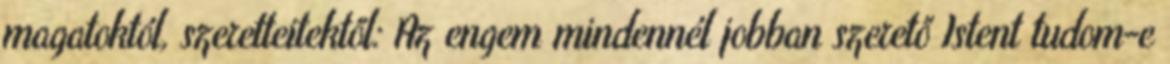
magatoktól, szeretteitektől: Az engem mindennél jobban szerető Istent tudom-e